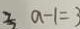
2 a - 1 = 3